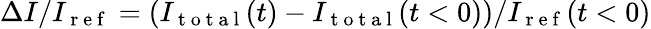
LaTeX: \Delta I/I_{\mathrm{~r~e~f~}}=\left(I_{\mathrm{~t~o~t~a~l~}}(t)-I_{\mathrm{~t~o~t~a~l~}}(t<0)\right)/I_{\mathrm{~r~e~f~}}(t<0)